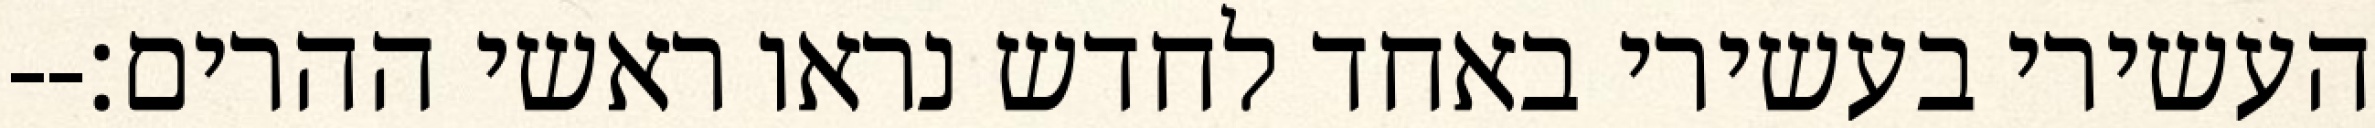
העשירי בעשירי באחד לחדש נראו ראשי ההרים׃--